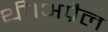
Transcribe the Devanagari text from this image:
थी।अप्रैल